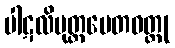
ပါဋလိပုတ္တပေတဝတ္ထု